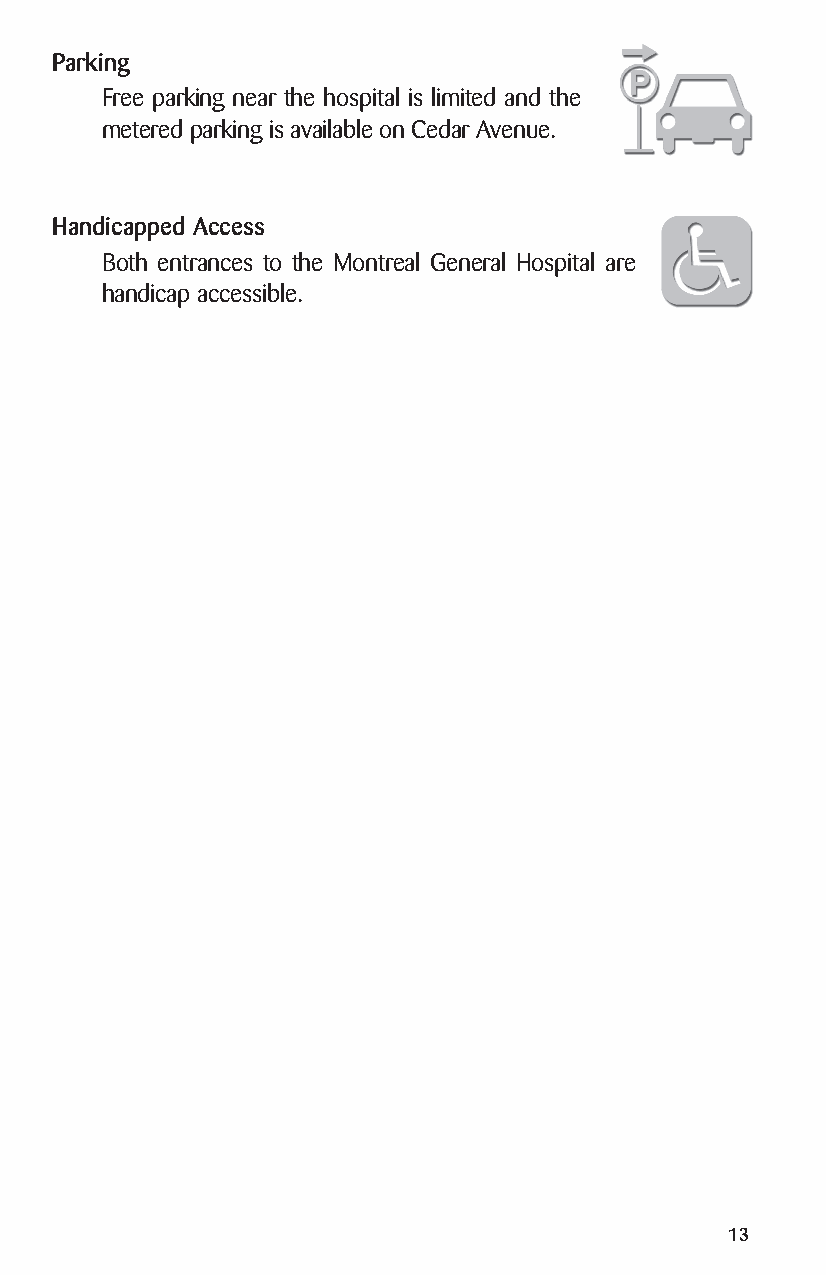
Parking
 Free parking near the hospital is limited and the
 metered parking is available on Cedar Avenue.
 Handicapped Access
 Both entrances to the Montreal General Hospital are
 handicap accessible.
 13